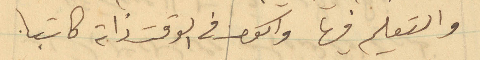
والتعليم فيها واكون في الوقت ذاته كاتبا